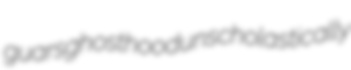
guars ghosthood unscholastically